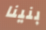
بنينا